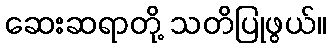
ဆေးဆရာတို့ သတိပြုဖွယ်။